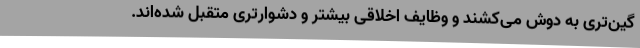
گین‌تری به دوش می‌کشند و وظایف اخلاقی بیشتر و دشوارتری متقبل شده‌اند.